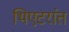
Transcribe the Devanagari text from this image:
थिएटरांत